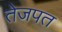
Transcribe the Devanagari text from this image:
तेजपत